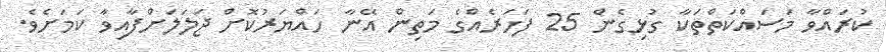
ކުރައްވާ މަސައްކަތްތަކާ ގުޅިގެން 25 ފަހަރެއްގެ މަތިން އޭނާ ހައްޔަރުކޮށް ޖަލަލަށްފާއިވާ ކަމަށެވެ.